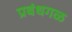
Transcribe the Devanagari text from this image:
प्रबंधगळ